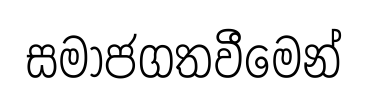
සමාජගතවීමෙන්